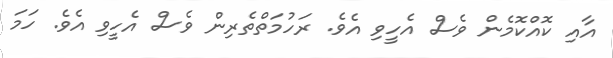
އާއި ކޮއްކޮމެން ވެސް އެހީވި އެވެ. ރަހުމަތްތެރިން ވެސް އެހީވި އެވެ. ހަމަ